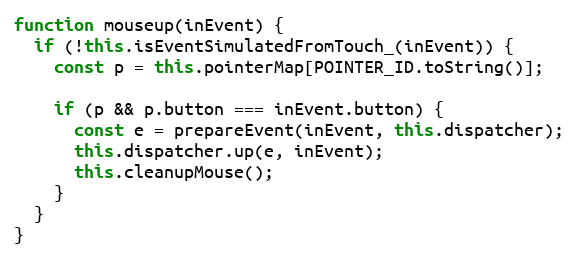
Language: JavaScript
function mouseup(inEvent) {
  if (!this.isEventSimulatedFromTouch_(inEvent)) {
    const p = this.pointerMap[POINTER_ID.toString()];

    if (p && p.button === inEvent.button) {
      const e = prepareEvent(inEvent, this.dispatcher);
      this.dispatcher.up(e, inEvent);
      this.cleanupMouse();
    }
  }
}